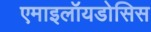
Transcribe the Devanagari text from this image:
एमाइलॉयडोसिस